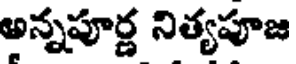
అన్నపూర్ణ నిత్యపూజ